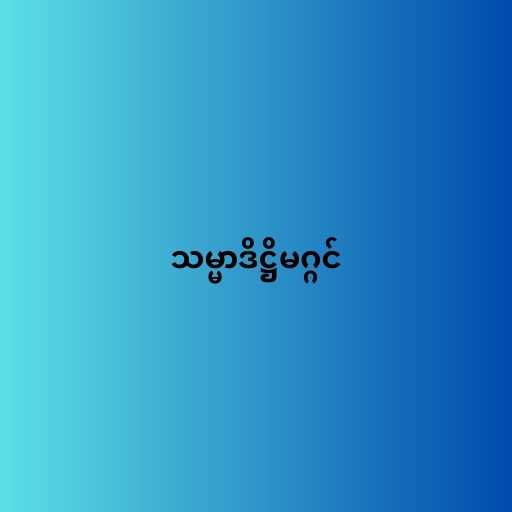
သမ္မာဒိဋ္ဌိမဂ္ဂင်